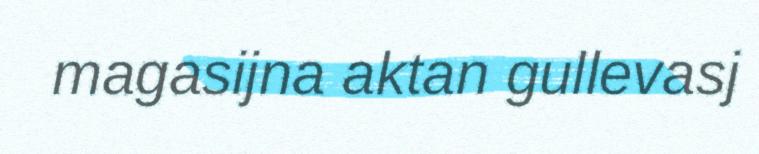
magasijna aktan gullevasj